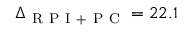
\Delta _ { \mathrm { ~ R ~ P ~ I ~ + ~ P ~ C ~ } } = 2 2 . 1